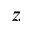
z